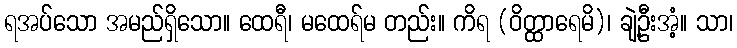
ရအပ်သော အမည်ရှိသော။ ထေရီ၊ မထေရ်မ တည်း။ ကိရ (ဝိတ္ထာရေမိ)၊ ချဲ့ဦးအံ့။ သာ၊